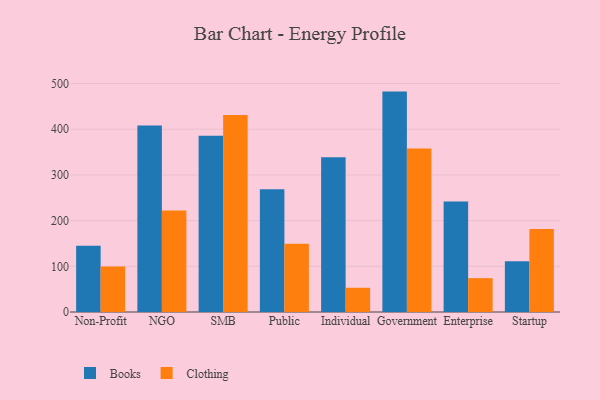
{"axis": {"x": "Segment", "y": "Active Users"}, "legend": ["Books", "Clothing"], "data": [{"x": "Non-Profit", "y": 144.9, "type": "Books"}, {"x": "Non-Profit", "y": 99.4, "type": "Clothing"}, {"x": "NGO", "y": 408.3, "type": "Books"}, {"x": "NGO", "y": 222.0, "type": "Clothing"}, {"x": "SMB", "y": 385.8, "type": "Books"}, {"x": "SMB", "y": 431.2, "type": "Clothing"}, {"x": "Public", "y": 268.7, "type": "Books"}, {"x": "Public", "y": 149.2, "type": "Clothing"}, {"x": "Individual", "y": 338.8, "type": "Books"}, {"x": "Individual", "y": 53.0, "type": "Clothing"}, {"x": "Government", "y": 482.3, "type": "Books"}, {"x": "Government", "y": 357.8, "type": "Clothing"}, {"x": "Enterprise", "y": 241.9, "type": "Books"}, {"x": "Enterprise", "y": 74.1, "type": "Clothing"}, {"x": "Startup", "y": 110.8, "type": "Books"}, {"x": "Startup", "y": 181.8, "type": "Clothing"}]}